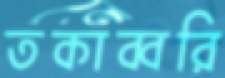
তকাব্বরি